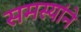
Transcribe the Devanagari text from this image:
समस्यांने